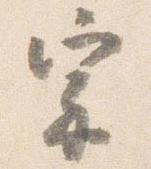
宗